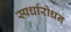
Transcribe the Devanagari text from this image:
स्पर्धारोधन